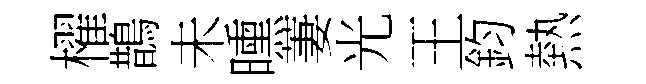
櫂鵲未曛萋光王鈞熱